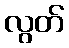
လွတ်